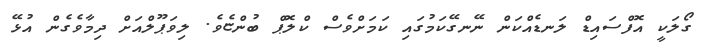
ގޯލަކީ އޮފްސައިޑް ލަނޑެއްކަން ނޭނގޭކަމުގައި ކަމަށްވެސް ކްލޮޕް ބުންޏެވެ. ލިވަޕޫލްއަށް ދިމާވެގެން އުޅޭ